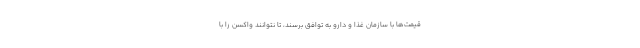
قیمت‌ها با سازمان غذا و دارو به توافق برسند، تا نتوانند واکسن را با